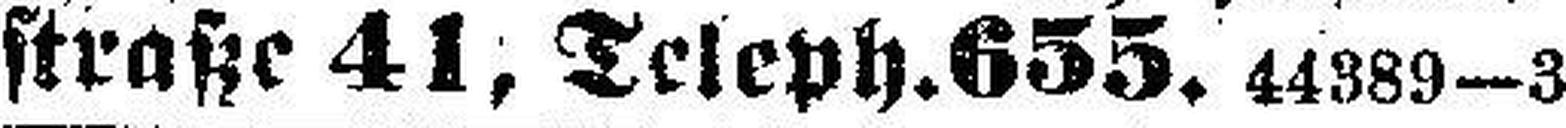
straße 41, Teleph. 655. 44389—3